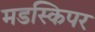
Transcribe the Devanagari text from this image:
मडस्किपर